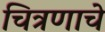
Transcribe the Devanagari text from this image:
चित्रणाचे